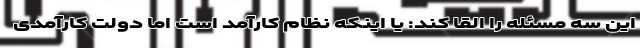
این سه مسئله را القا کند: یا اینکه نظام کارآمد است اما دولت کارآمدی